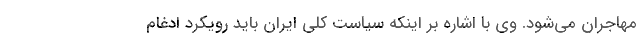
مهاجران می‌شود. وی با اشاره بر اینکه سیاست کلی ایران باید رویکرد ادغام